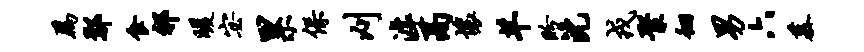
为鄢食祁暖宓累保刈滹鬲壤羊盼沈戎聚徊男六慕